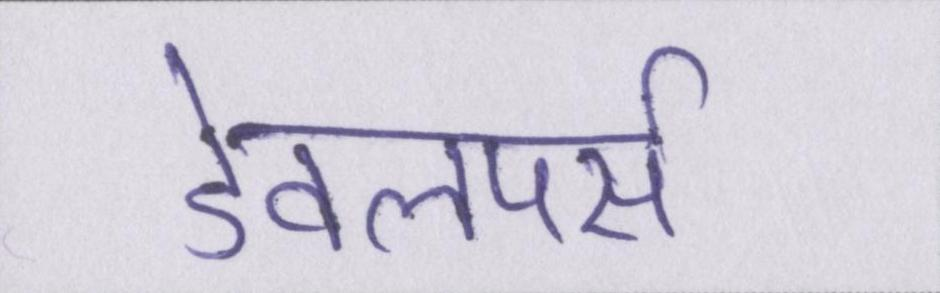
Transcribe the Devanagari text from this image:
डेवलपर्स